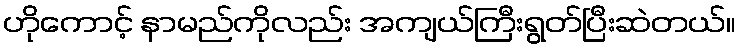
ဟိုကောင့် နာမည်ကိုလည်း အကျယ်ကြီးရွတ်ပြီးဆဲတယ်။